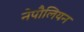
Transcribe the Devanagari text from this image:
नेपौलियन